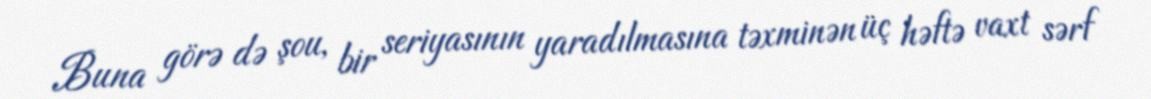
Buna görə də şou, bir seriyasının yaradılmasına təxminən üç həftə vaxt sərf